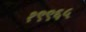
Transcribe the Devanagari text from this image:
१९९६५